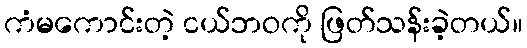
ကံမကောင်းတဲ့ ငယ်ဘဝကို ဖြတ်သန်းခဲ့တယ်။